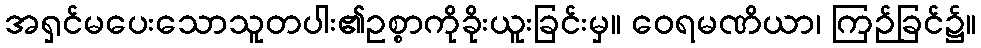
အရှင်မပေးသောသူတပါး၏ဥစ္စာကိုခိုးယူးခြင်းမှ။ ဝေရမဏိယာ၊ ကြဉ်ခြင်၌။